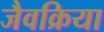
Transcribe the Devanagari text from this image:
जैवक्रिया